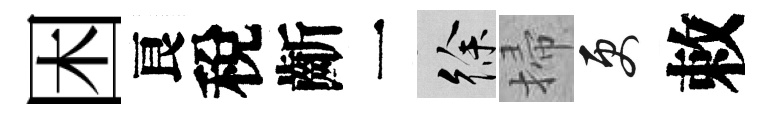
困良稅齗一徐掃更敕